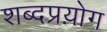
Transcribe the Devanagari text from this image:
शब्दप्रय़ोग